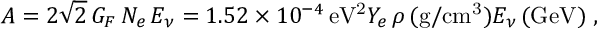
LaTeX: A = 2 \sqrt 2 \, G _ { F } \, N _ { e } \, E _ { \nu } = 1 . 5 2 \times 1 0 ^ { - 4 } \, \mathrm { e V ^ { 2 } } Y _ { e } \, \rho \, ( \mathrm { g / c m ^ { 3 } } ) E _ { \nu } \, ( \mathrm { G e V ) \; , }